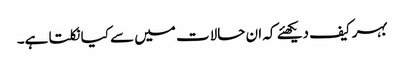
بہرکیف دیکھئے کہ ان حالات میں سے کیا نکلتا ہے۔